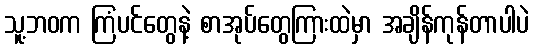
သူ့ဘဝက ကြံပင်တွေနဲ့ စာအုပ်တွေကြားထဲမှာ အချိန်ကုန်တာပါပဲ